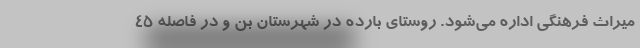
میراث فرهنگی اداره می‌شود. روستای بارده در شهرستان بن و در فاصله ۴۵